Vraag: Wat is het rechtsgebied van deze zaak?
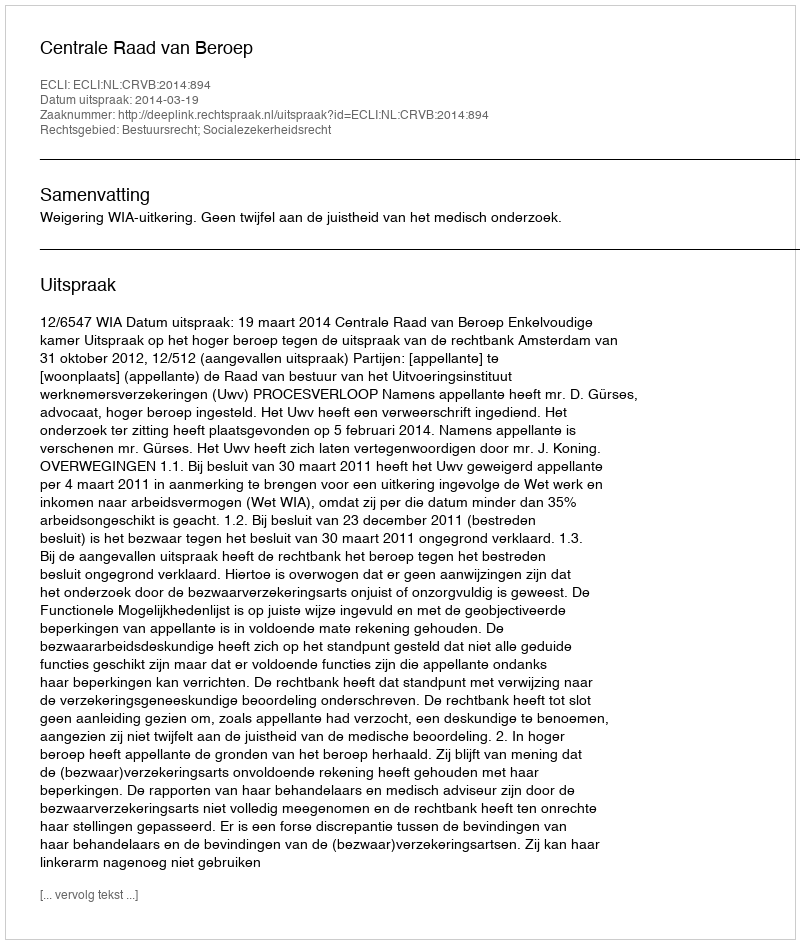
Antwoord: Bestuursrecht; Socialezekerheidsrecht